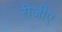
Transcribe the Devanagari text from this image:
रीजीए